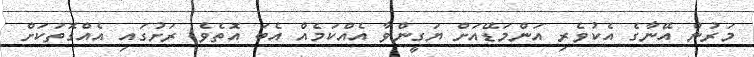
މަރުން އޭނާގެ އެކުވެރި އަންމަޑޭއަށް ޔަގީންވާ އެއްކަމެއް އެބަ އޮތެވެ. ރަށުގައި އެއްގޮތަކަށް